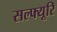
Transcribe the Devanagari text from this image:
सल्फ्यूरि